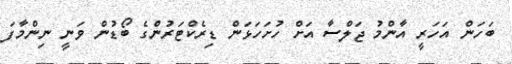
ބަހަން އަހަރީ އާންމު ޖަލްސާ އަށް ހުށަހަޅަން ޑިރެކްޓަރުންގެ ބޯޑުން ވަނީ ނިންމާފަ